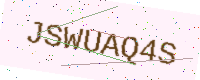
Text: JSWUAQ4S